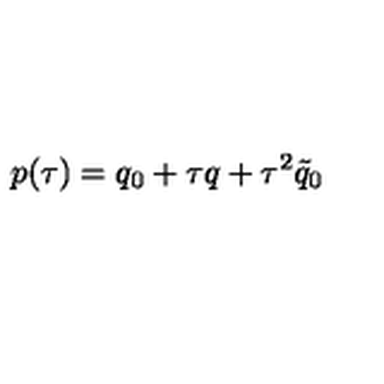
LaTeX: p ( \tau ) = q _ { 0 } + \tau q + \tau ^ { 2 } \tilde { q } _ { 0 }